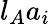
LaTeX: l_{A}a_{i}